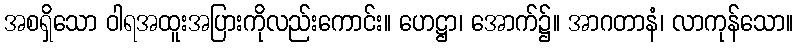
အစရှိသော ဝါရအထူးအပြားကိုလည်းကောင်း။ ဟေဋ္ဌာ၊ အောက်၌။ အာဂတာနံ၊ လာကုန်သော။